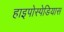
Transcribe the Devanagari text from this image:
हाइपोस्पेडियास